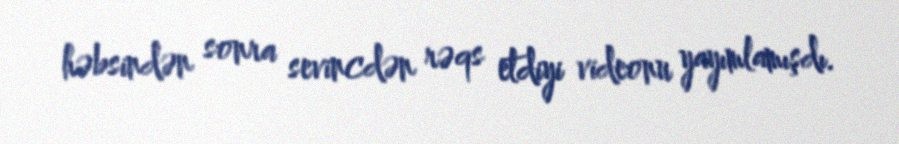
həbsindən sonra sevincdən rəqs etdiyi videonu yayımlamışdı.